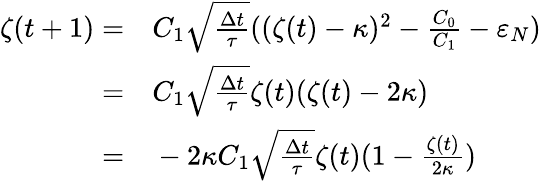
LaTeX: \begin{array}{rl}{\zeta(t+1)=}&{{}C_{1}\sqrt{\frac{\Delta t}{\tau}}((\zeta(t)-\kappa)^{2}-\frac{C_{0}}{C_{1}}-\varepsilon_{N})}\\ {=}&{{}C_{1}\sqrt{\frac{\Delta t}{\tau}}\zeta(t)(\zeta(t)-2\kappa)}\\ {=}&{{}-2\kappa C_{1}\sqrt{\frac{\Delta t}{\tau}}\zeta(t)(1-\frac{\zeta(t)}{2\kappa})}\end{array}